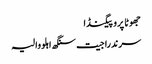
جھوٹا پروپیگنڈا
سرندرا جیت سنگھ اہلووالیہ